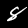
Label: 8